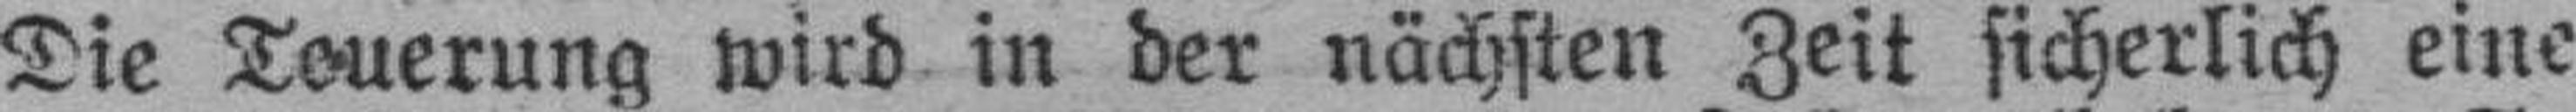
Die Teuerung wird in der nächsten Zeit sicherlich eine